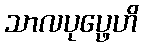
သာလပုပ္ဖေဟိ